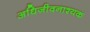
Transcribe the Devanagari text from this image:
अधिजीवनाश्यक